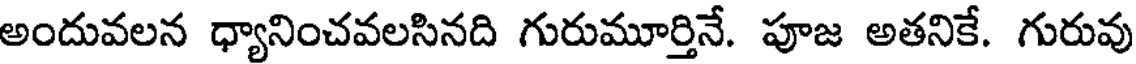
అందువలన ధ్యానించవలసినది గురుమూర్తినే. పూజ అతనికే. గురువు